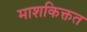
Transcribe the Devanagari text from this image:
माशकिक्तत